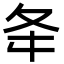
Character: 夅